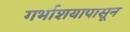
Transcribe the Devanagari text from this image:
गर्भाशयापासून